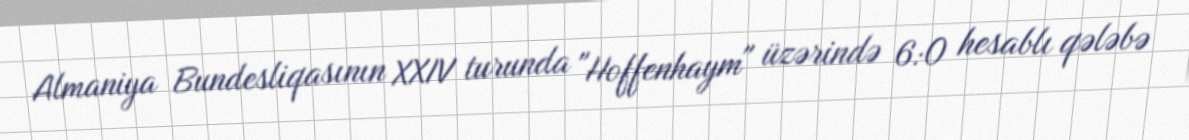
Almaniya Bundesliqasının XXIV turunda "Hoffenhaym" üzərində 6:0 hesablı qələbə